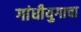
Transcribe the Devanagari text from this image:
गांधीयुगाचा